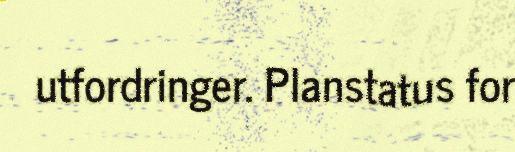
utfordringer. Planstatus for